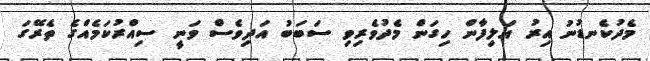
މެދުކެނޑުނު އިރު އަލިފާން ހިގަން މެދުވެރިވި ސަބަބު އަދިވެސް ވަނީ ސިއްރުކަމެއްގެ ތެރޭގަ